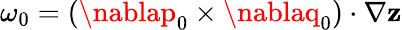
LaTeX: \omega_{0}=(\nablap_{0}\times\nablaq_{0})\cdot\nabla\mathbf{z}